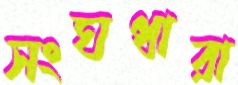
সংঘধারা